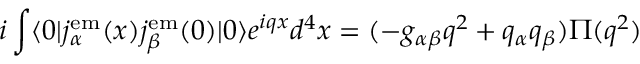
i \int \langle 0 | j _ { \alpha } ^ { \mathrm { e m } } ( x ) j _ { \beta } ^ { \mathrm { e m } } ( 0 ) | 0 \rangle e ^ { i q x } d ^ { 4 } x = ( - g _ { \alpha \beta } q ^ { 2 } + q _ { \alpha } q _ { \beta } ) \Pi ( q ^ { 2 } )